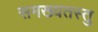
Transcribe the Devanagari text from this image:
समख्यतस्तु